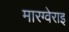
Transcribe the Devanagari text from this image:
मारग्वेराइ